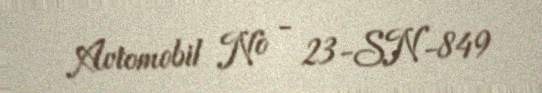
Avtomobil № - 23-SN-849